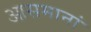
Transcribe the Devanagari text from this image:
आसमानां